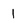
Character: 1